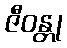
ဇီဝန္တု